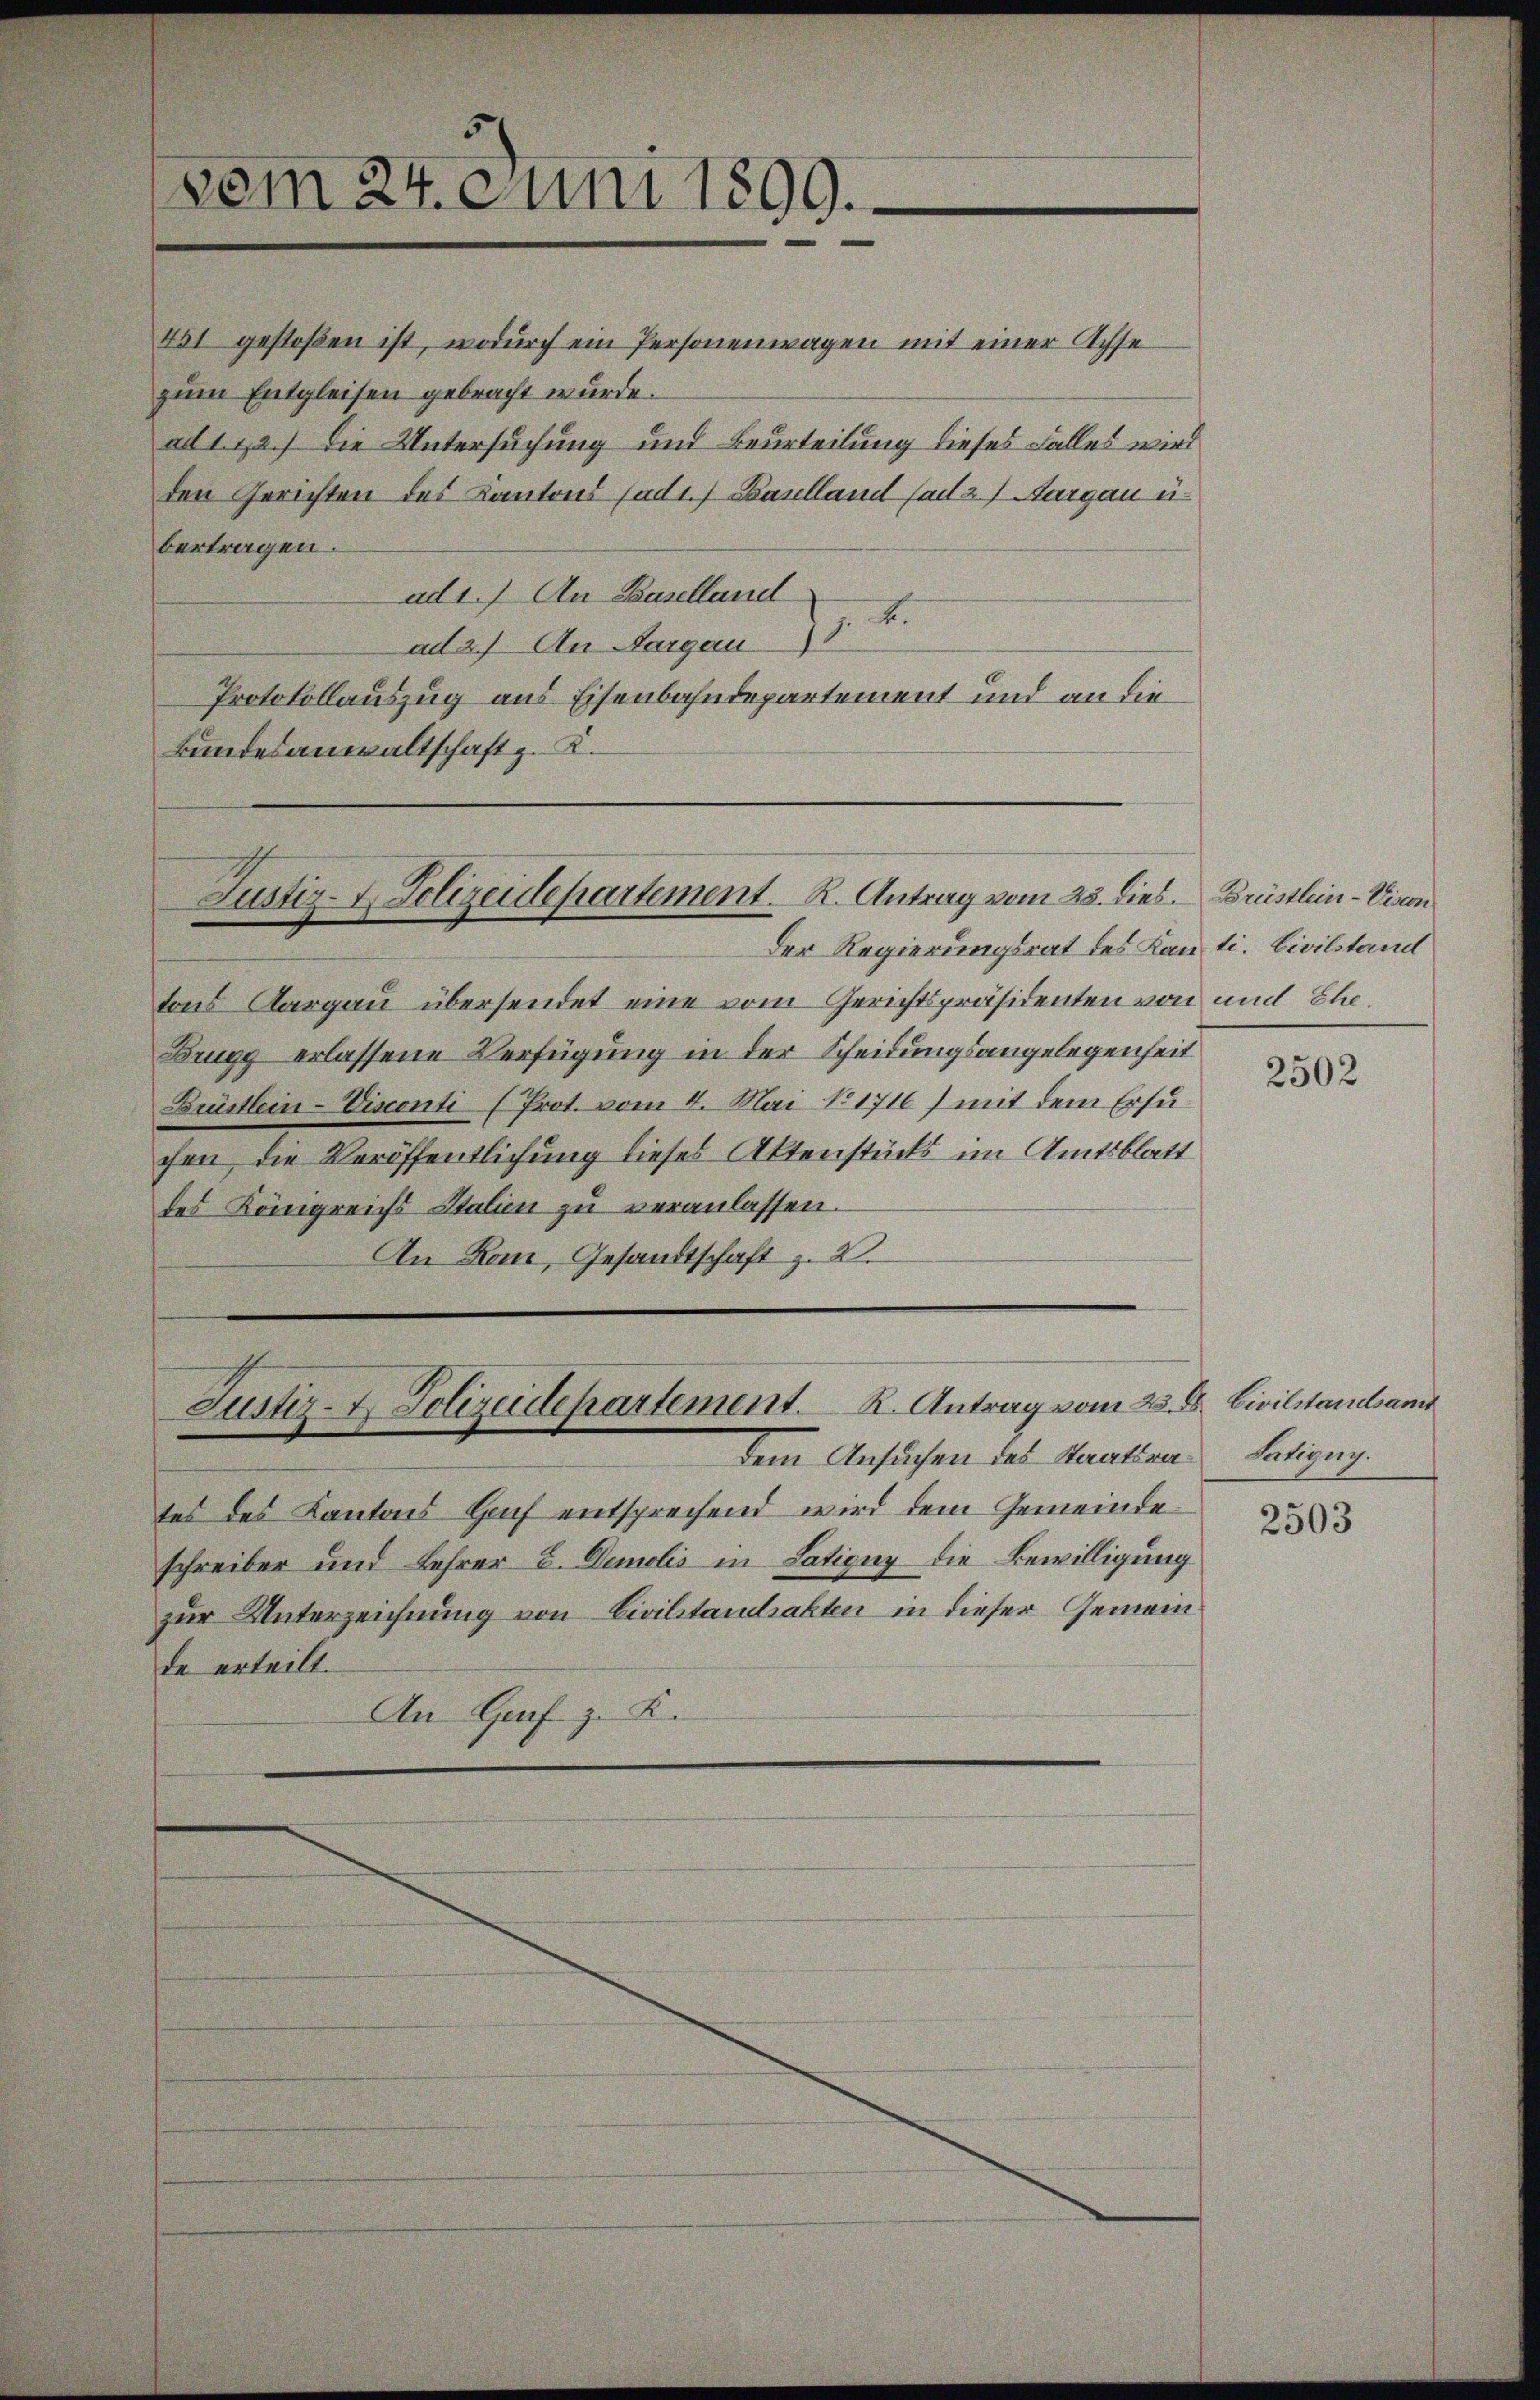
(vom 24. Juni 1899.

451 gestoßen ist, wodurch ein Personenwagen mit einer Achse
zum Entgleisen gebracht wurde.
ad 1. 22.) Die Untersuchung und Beurteilung dieses Falles wird
den Gerichten des Kantons Cadt. Baselland (ad 27 Aargau u.
bertragen.
ad 1.) An Baselland
I
ad 2.) An Aargau
Protokollauszug aus Eisenbahndepartement und an die
Bundesanwaltschaft z. K.

Justiz- & Polizeidepartement. K. Antrag vom 23. dies. Brüstlein-Viscon

Suster- & Polizeidepartement. K. Antrag vom 25. D. Civilstamban

Der Regierungsrat des Kanti. Civilstand
tons Aargau übersendet eine vom Gerichtspräsidenten von und Ehe¬
Brugg erlassene Verfügung in der Scheidungsangelegenheit
Brüstlein-Visconti (Prot. vom 8. Mai No 1716) mit dem Ersuchen die Veröffentlichung dieses Aktenstücks im Amtsblatt
des Königreichs Stalien zŭ veranlassen.
An Rom, Gesandtschaft z. B.

dem Ansuchen des Staatsrates des Kantons Genf entsprechend wird dem Gemeindeschreiber und Lehrer C. Demolis in Satigny die Bewilligung
zur Unterzeichnung von Civilstandsakten in dieser Gemeinde erteilt.
An Genf z. K.

2502

Latigny.

2503